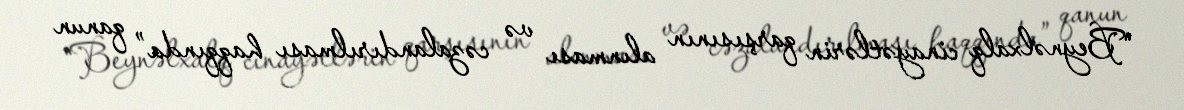
“Beynəlxalq cinayətlərin qarşısının alınması və cəzalandırılması haqqında” qanun